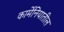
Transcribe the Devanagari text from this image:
कार्मेनियातील